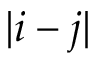
| i - j |